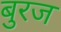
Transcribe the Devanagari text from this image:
बुरज